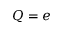
Q = e